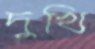
দুখি